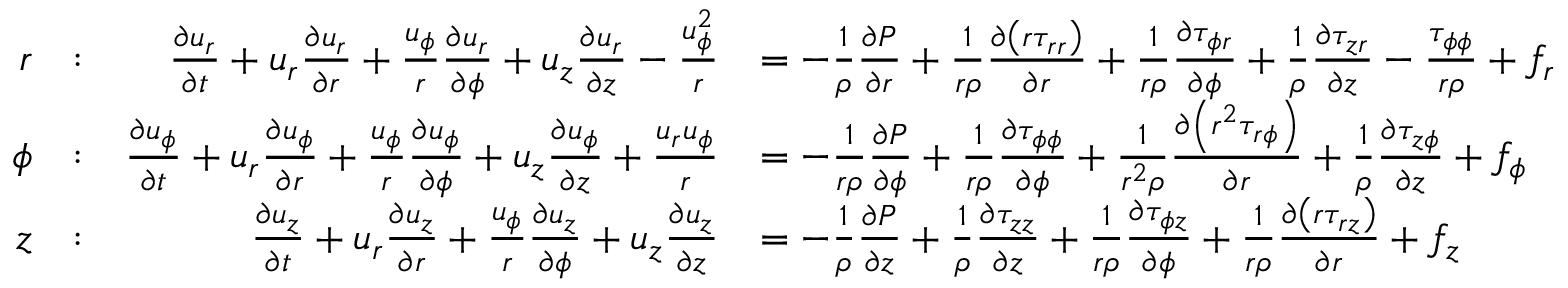
{ \begin{array} { r l r l } { r } & { : } & { { \frac { \partial u _ { r } } { \partial t } } + u _ { r } { \frac { \partial u _ { r } } { \partial r } } + { \frac { u _ { \phi } } { r } } { \frac { \partial u _ { r } } { \partial \phi } } + u _ { z } { \frac { \partial u _ { r } } { \partial z } } - { \frac { u _ { \phi } ^ { 2 } } { r } } } & { = - { \frac { 1 } { \rho } } { \frac { \partial P } { \partial r } } + { \frac { 1 } { r \rho } } { \frac { \partial \left( r \tau _ { r r } \right) } { \partial r } } + { \frac { 1 } { r \rho } } { \frac { \partial \tau _ { \phi r } } { \partial \phi } } + { \frac { 1 } { \rho } } { \frac { \partial \tau _ { z r } } { \partial z } } - { \frac { \tau _ { \phi \phi } } { r \rho } } + f _ { r } } \\ { \phi } & { : } & { { \frac { \partial u _ { \phi } } { \partial t } } + u _ { r } { \frac { \partial u _ { \phi } } { \partial r } } + { \frac { u _ { \phi } } { r } } { \frac { \partial u _ { \phi } } { \partial \phi } } + u _ { z } { \frac { \partial u _ { \phi } } { \partial z } } + { \frac { u _ { r } u _ { \phi } } { r } } } & { = - { \frac { 1 } { r \rho } } { \frac { \partial P } { \partial \phi } } + { \frac { 1 } { r \rho } } { \frac { \partial \tau _ { \phi \phi } } { \partial \phi } } + { \frac { 1 } { r ^ { 2 } \rho } } { \frac { \partial \left( r ^ { 2 } \tau _ { r \phi } \right) } { \partial r } } + { \frac { 1 } { \rho } } { \frac { \partial \tau _ { z \phi } } { \partial z } } + f _ { \phi } } \\ { z } & { : } & { { \frac { \partial u _ { z } } { \partial t } } + u _ { r } { \frac { \partial u _ { z } } { \partial r } } + { \frac { u _ { \phi } } { r } } { \frac { \partial u _ { z } } { \partial \phi } } + u _ { z } { \frac { \partial u _ { z } } { \partial z } } } & { = - { \frac { 1 } { \rho } } { \frac { \partial P } { \partial z } } + { \frac { 1 } { \rho } } { \frac { \partial \tau _ { z z } } { \partial z } } + { \frac { 1 } { r \rho } } { \frac { \partial \tau _ { \phi z } } { \partial \phi } } + { \frac { 1 } { r \rho } } { \frac { \partial \left( r \tau _ { r z } \right) } { \partial r } } + f _ { z } } \end{array} }